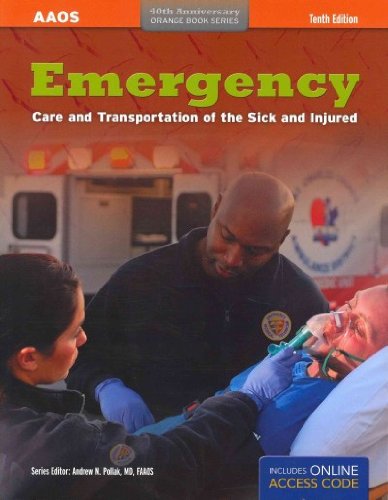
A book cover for Emergency Care And Transportation Of The Sick And Injured Advantage Package, Print Edition (Orange Book Series); American Academy of Orthopaedic Surgeons (AAOS); Medical Books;